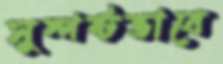
সুস্পষ্টভাবে